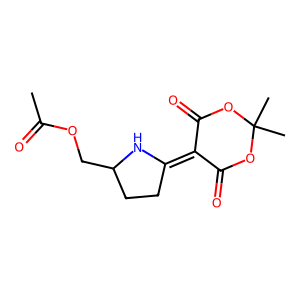
SMILES: CC(=O)OCC1CCC(=C2C(=O)OC(C)(C)OC2=O)N1
Inhibits HIV replication: No